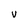
Character: V